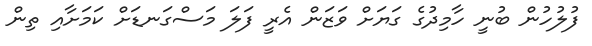
ފުލުހުން ބުނީ ހާމިދުގެ ގަޔަށް ވަޒަން އެރީ ފަލަ މަސްގަނޑަށް ކަމަށާއި ތިން